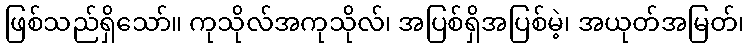
ဖြစ်သည်ရှိသော်။ ကုသိုလ်အကုသိုလ်၊ အပြစ်ရှိအပြစ်မဲ့၊ အယုတ်အမြတ်၊